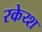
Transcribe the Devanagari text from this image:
रकेय्श